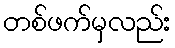
တစ်ဖက်မှလည်း